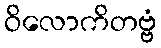
ဝိလောကိတဗ္ဗံ